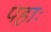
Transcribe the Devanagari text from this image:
पहाः